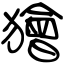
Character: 獪